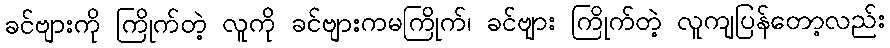
ခင်ဗျားကို ကြိုက်တဲ့ လူကို ခင်ဗျားကမကြိုက်၊ ခင်ဗျား ကြိုက်တဲ့ လူကျပြန်တော့လည်း